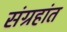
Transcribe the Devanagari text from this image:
संग्रहांत